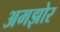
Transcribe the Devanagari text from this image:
अमझोर